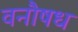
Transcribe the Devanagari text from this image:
वनौषध